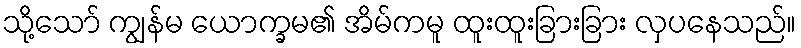
သို့သော် ကျွန်မ ယောက္ခမ၏ အိမ်ကမူ ထူးထူးခြားခြား လှပနေသည်။